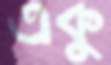
একু